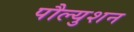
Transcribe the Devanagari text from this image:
पौल्युशन